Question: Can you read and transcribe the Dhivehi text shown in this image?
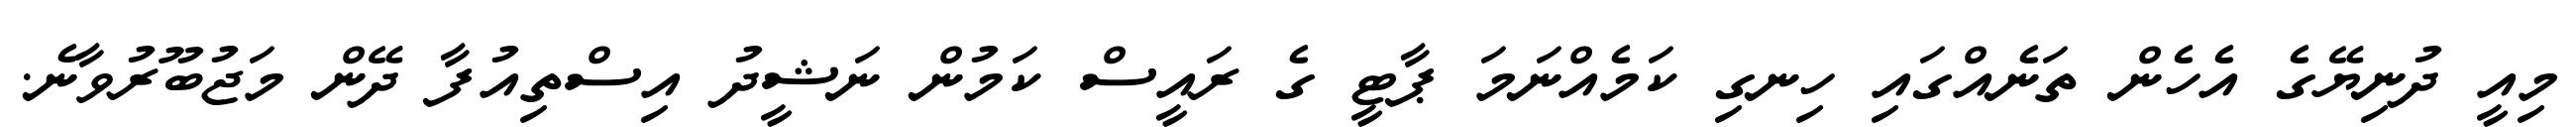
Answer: މިއީ ދުނިޔޭގެ އެހެން ތަނެއްގައި ހިނގި ކަމެއްނަމަ ޕާޓީ ގެ ރައީސް ކަމުން ނަޝީދު އިސްތިއުފާ ދޭން މަޖުބޫރުވާނެ.